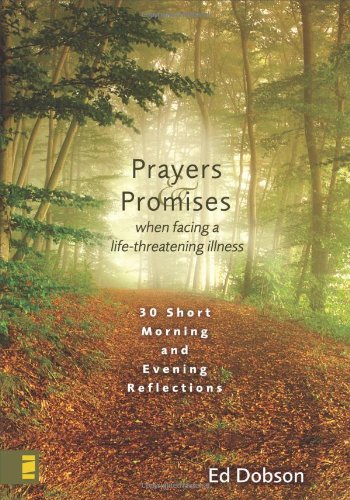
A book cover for Prayers and Promises When Facing a Life-Threatening Illness: 30 Short Morning and Evening Reflections; Edward G. Dobson; Self-Help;